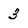
Character: 3